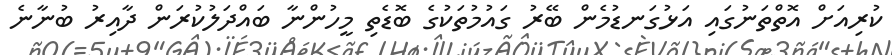
ކުރިއަށް އޮތްތަނުގައި އަޅުގަނޑުމެން ބޭރު ގައުމުތަކުގެ ބޮޑެތި މީހުންނާ ބައްދަލުކުރަން ދާއިރު ބުނާނެ